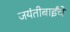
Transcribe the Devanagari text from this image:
जयंतीबाईंचे